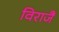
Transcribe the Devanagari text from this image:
विराजैं